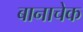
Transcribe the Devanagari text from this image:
बानाचेक